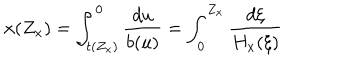
x ( Z _ { x } ) = \int _ { t ( Z _ { x } ) } ^ { 0 } \frac { d u } { b ( u ) } = \int _ { 0 } ^ { Z _ { x } } \frac { d \xi } { H _ { x } ( \xi ) }